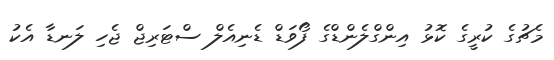
މެޗުގެ ކުރީގެ ކޮޅު އިންގްލެންޑްގެ ފޯވަޑް ޑެނިއެލް ސްޓަރިޖް ޖެހި ލަނޑާ އެކު